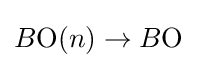
B{\textrm {O}}(n)\to B{\textrm {O}}